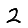
Digit: 2